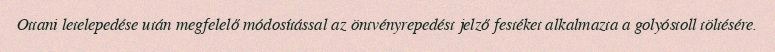
Ottani letelepedése után megfelelő módosítással az öntvényrepedést jelző festéket alkalmazta a golyóstoll töltésére.